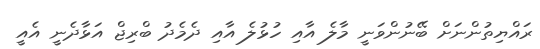
ރައްޔިތުންނަށް ބޭނުންވަނީ މާލެ އާއި ހުޅުލެ އާއި ދެމެދު ބްރިޖް އަޅާދެނީ އެއީ